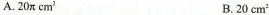
A.20π cm^{2} B.20 cm^{2}